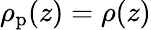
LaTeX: \rho_{\mathrm{p}}(z)=\rho(z)